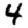
Digit: 4